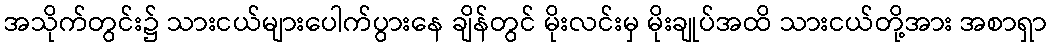
အသိုက်တွင်း၌ သားငယ်များပေါက်ပွားနေ ချိန်တွင် မိုးလင်းမှ မိုးချုပ်အထိ သားငယ်တို့အား အစာရှာ